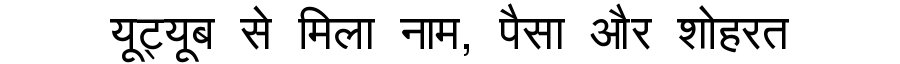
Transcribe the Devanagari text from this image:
यूट्यूब से मिला नाम, पैसा और शोहरत